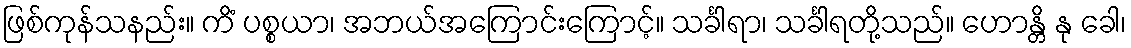
ဖြစ်ကုန်သနည်း။ ကိံ ပစ္စယာ၊ အဘယ်အကြောင်းကြောင့်။ သင်္ခါရာ၊ သင်္ခါရတို့သည်။ ဟောန္တိ နု ခေါ၊